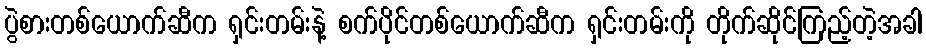
ပွဲစားတစ်ယောက်ဆီက ရှင်းတမ်းနဲ့ စက်ပိုင်တစ်ယောက်ဆီက ရှင်းတမ်းကို တိုက်ဆိုင်ကြည့်တဲ့အခါ